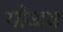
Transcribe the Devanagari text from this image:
गोअव